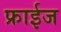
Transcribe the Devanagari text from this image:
फ्राईज